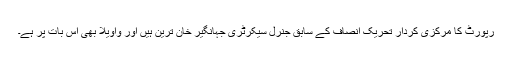
رپورٹ کا مرکزی کردار تحریک انصاف کے سابق جنرل سیکرٹری جہانگیر خان ترین ہیں اور واویلا بھی اس بات پر ہے۔